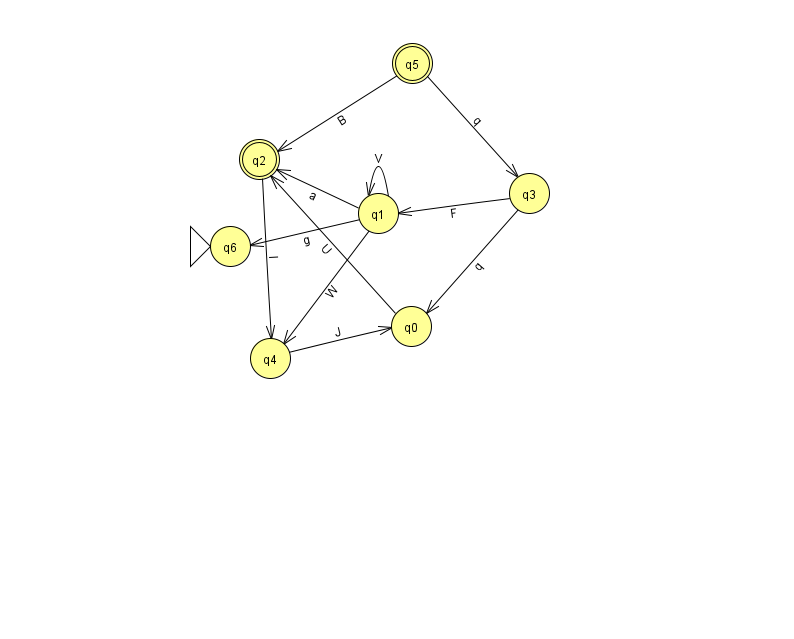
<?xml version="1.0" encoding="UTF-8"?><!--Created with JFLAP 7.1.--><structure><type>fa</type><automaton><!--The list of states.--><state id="0" name="q0"><x>411.0</x><y>313.0</y></state><state id="1" name="q1"><x>378.0</x><y>200.0</y></state><state id="2" name="q2"><x>259.0</x><y>146.0</y><final/></state><state id="3" name="q3"><x>529.0</x><y>180.0</y></state><state id="4" name="q4"><x>270.0</x><y>345.0</y></state><state id="5" name="q5"><x>412.0</x><y>50.0</y><final/></state><state id="6" name="q6"><x>230.0</x><y>233.0</y><initial/></state><!--The list of transitions.--><transition><from>4</from><to>0</to><read>J</read></transition><transition><from>2</from><to>4</to><read>I</read></transition><transition><from>1</from><to>2</to><read>a</read></transition><transition><from>1</from><to>1</to><read>V</read></transition><transition><from>5</from><to>2</to><read>B</read></transition><transition><from>0</from><to>2</to><read>U</read></transition><transition><from>3</from><to>1</to><read>F</read></transition><transition><from>1</from><to>4</to><read>W</read></transition><transition><from>3</from><to>0</to><read>q</read></transition><transition><from>1</from><to>6</to><read>g</read></transition><transition><from>5</from><to>3</to><read>q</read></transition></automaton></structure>